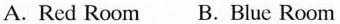
A.Red Room B.Blue Room